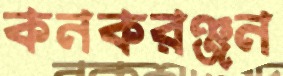
কনকরঞ্জন